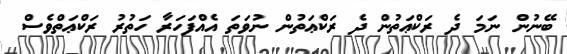
ބޭނުން ނަމަ ދެ ރަކްޢަތުން ދެ ރަކްޢަތުން ނުވަތަ އެއްފަހަރާ ހަތުރު ރަކްޢަތްވެސް